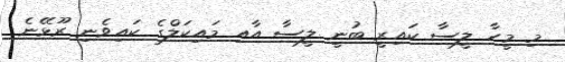
މި މީހާ ލީސާ ކައިރީ ބުނީ ލީސާ އާއި މައިކަލްގެ ކައިވެނި ރޫޅޭނެ